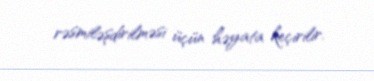
rəsmiləşdirilməsi üçün həyata keçirilir.